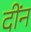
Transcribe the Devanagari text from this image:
दींन